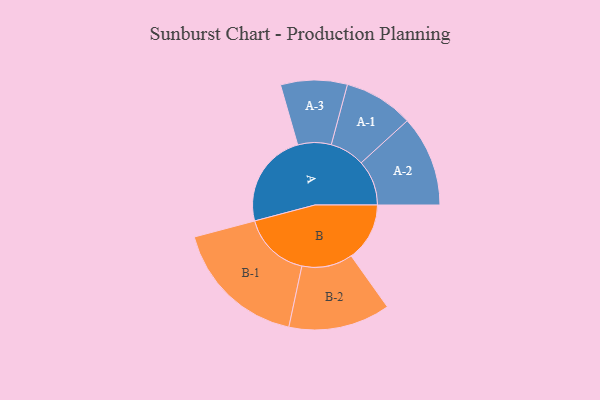
{"axis": {"x": "Segment", "y": "Value"}, "legend": ["", "A", "B"], "data": [{"x": "A", "y": 314, "type": ""}, {"x": "B", "y": 193, "type": ""}, {"x": "A-1", "y": 115, "type": "A"}, {"x": "A-2", "y": 150, "type": "A"}, {"x": "A-3", "y": 110, "type": "A"}, {"x": "B-1", "y": 223, "type": "B"}, {"x": "B-2", "y": 168, "type": "B"}]}